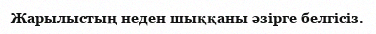
Жарылыстың неден шыққаны әзірге белгісіз.